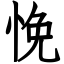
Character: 悗